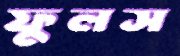
ফুলস